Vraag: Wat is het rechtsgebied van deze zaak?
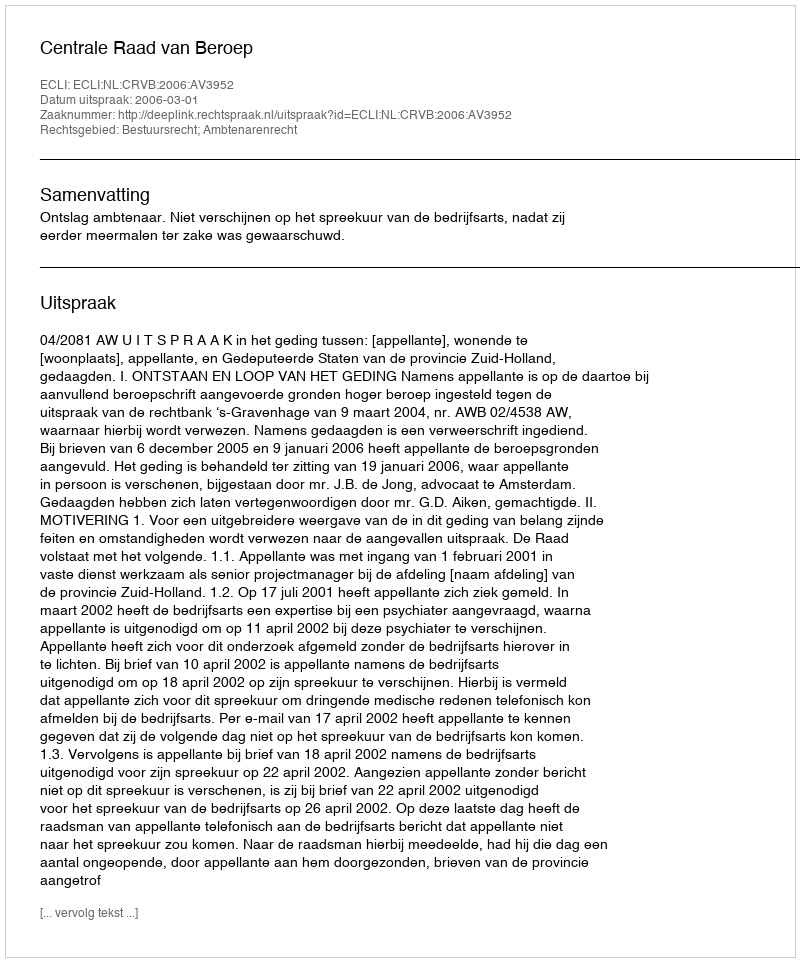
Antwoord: Bestuursrecht; Ambtenarenrecht